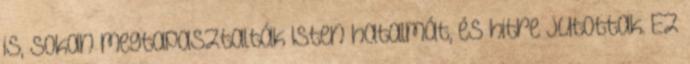
is, sokan megtapasztalták Isten hatalmát, és hitre jutottak. Ez